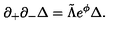
\partial _ { + } \partial _ { - } \Delta = \tilde { \Lambda } e ^ { \phi } \Delta .